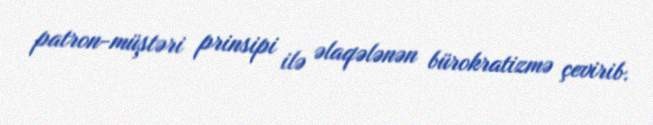
patron-müştəri prinsipi ilə əlaqələnən bürokratizmə çevirib.